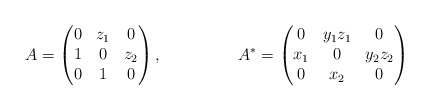
\begin{align*} A &= \begin{pmatrix} 0 & z_1 & 0 \\ 1 & 0 & z_2 \\ 0 & 1 & 0 \end{pmatrix},& A^* &= \begin{pmatrix} 0 & y_1 z_1 & 0 \\ x_1 & 0 & y_2 z_2 \\ 0 & x_2 & 0 \end{pmatrix}\end{align*}